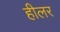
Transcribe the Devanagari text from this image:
हीलर